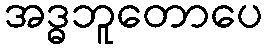
အဒ္ဓဘူတောပေ